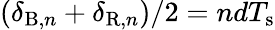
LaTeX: (\delta_{\mathrm{B},n}+\delta_{\mathrm{R},n})/2=ndT_{\mathrm{s}}